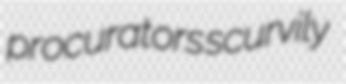
procurators scurvily